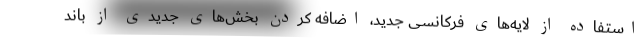
استفاده از لایه‌های فرکانسی جدید، اضافه کردن بخش‌های جدیدی از باند